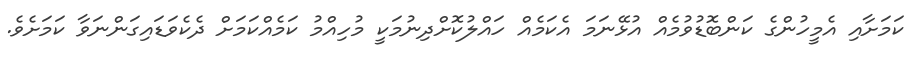
ކަމަށާއި އެމީހުންގެ ކަންބޮޑުވުމެއް އުޅޭނަމަ އެކަމެއް ހައްލުކޮށްދިނުމަކީ މުހިއްމު ކަމެއްކަމަށް ދެކެވަޑައިގަންނަވާ ކަމަށެވެ.